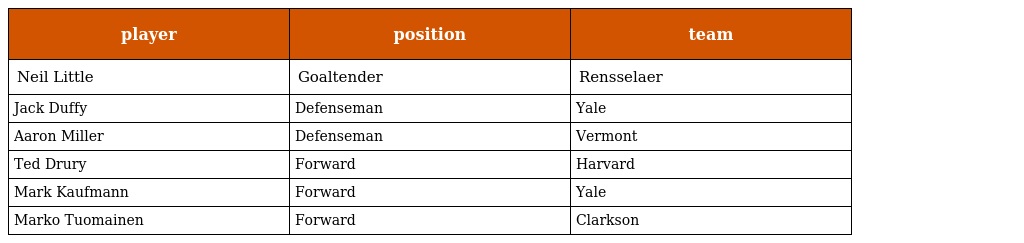
| player | position | team |
 | --- | --- | --- |
 | Neil Little | Goaltender | Rensselaer |
 | Jack Duffy | Defenseman | Yale |
 | Aaron Miller | Defenseman | Vermont |
 | Ted Drury | Forward | Harvard |
 | Mark Kaufmann | Forward | Yale |
 | Marko Tuomainen | Forward | Clarkson |